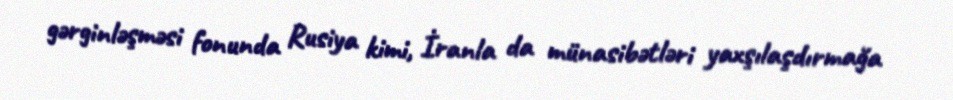
gərginləşməsi fonunda Rusiya kimi, İranla da münasibətləri yaxşılaşdırmağa